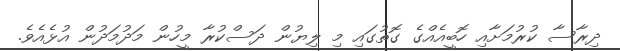
ދިރާސާ ކުރުމަށާއި ހޮބީއެއްގެ ގޮތުގައި މި ލިޔުން ދަސްކުރާ މީހުން މަދުމަދުން އުޅެއެވެ.